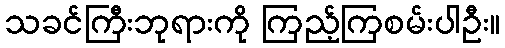
သခင်ကြီးဘုရားကို ကြည့်ကြစမ်းပါဦး။